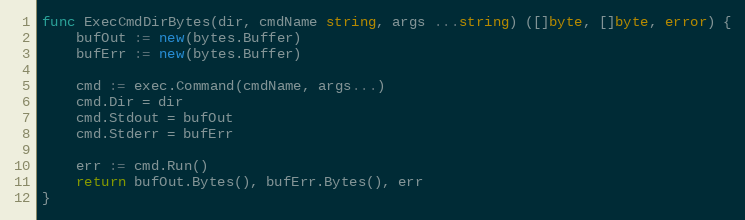
Language: Go
func ExecCmdDirBytes(dir, cmdName string, args ...string) ([]byte, []byte, error) {
	bufOut := new(bytes.Buffer)
	bufErr := new(bytes.Buffer)

	cmd := exec.Command(cmdName, args...)
	cmd.Dir = dir
	cmd.Stdout = bufOut
	cmd.Stderr = bufErr

	err := cmd.Run()
	return bufOut.Bytes(), bufErr.Bytes(), err
}